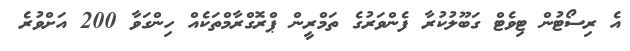
އެ ރިސޯޓުން ޓިވެޓް ގަބޫލުކުރާ ފެންވަރުގެ ތަމްރީން ޕްރޮގްރާމްތަކެއް ހިންގަވާ 200 އަށްވުރެ